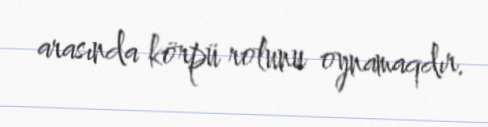
arasında körpü rolunu oynamaqdır.